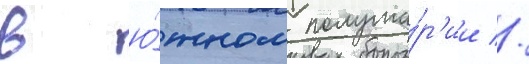
в ю́жном полуша́р'ии //